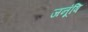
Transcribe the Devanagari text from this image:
जनूंषि